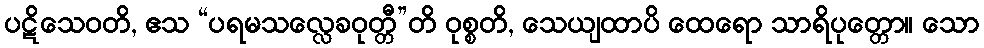
ပဋိသေဝတိ, ဧသ “ပရမသလ္လေခဝုတ္တီ”တိ ဝုစ္စတိ, သေယျထာပိ ထေရော သာရိပုတ္တော။ သော